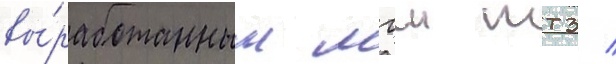
вы́работанным мгш ттз /